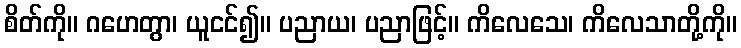
စိတ်ကို။ ဂဟေတွာ၊ ယူငင်၍။ ပညာယ၊ ပညာဖြင့်။ ကိလေသေ၊ ကိလေသာတို့ကို။